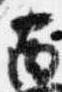
南